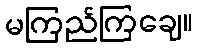
မကြည်ကြချေ။